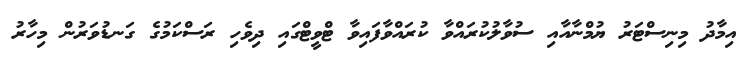
އިމާދު މިނިސްޓަރު ޔުމްނާއާއި ސުވާލުކުރައްވާ ކުރައްވާފައިވާ ޓްވީޓްގައި ދިވެހި ރަސްކަމުގެ ގަނޑުވަރުން މިހާރު